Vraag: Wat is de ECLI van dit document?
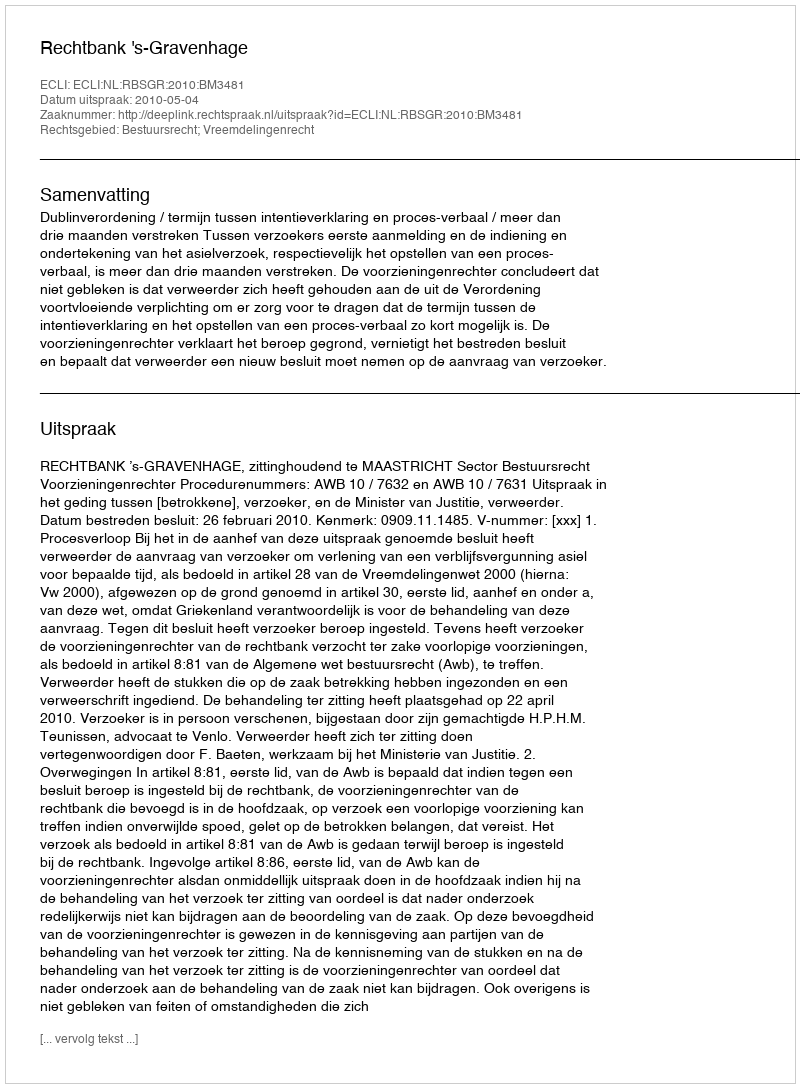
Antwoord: ECLI:NL:RBSGR:2010:BM3481